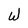
Character: W